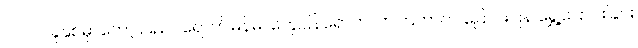
၂၀၁၂ ခုနှစ်မှာတော့ ပြည်ပရောက်မြန်မာတွေပြန်ရောက်လာကြတာက ပြောင်းပြန် ရွှေ့ပြောင်းခြင်း